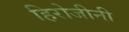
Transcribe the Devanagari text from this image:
हिरोजीनी